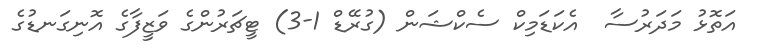
އަތޮޅު މަދަރުސާ  އެކަޑަމިކް ސެކްޝަން (ގުރޭޑް 1-3) ޓީޗަރުންގެ ވަޒީފާގެ އޮނިގަނޑުގެ